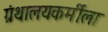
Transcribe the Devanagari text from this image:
ग्रंथालयकर्मीला